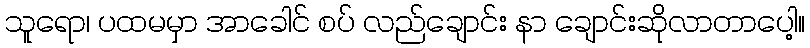
သူရော၊ ပထမမှာ အာခေါင် စပ် လည်ချောင်း နာ ချောင်းဆိုလာတာပေါ့။